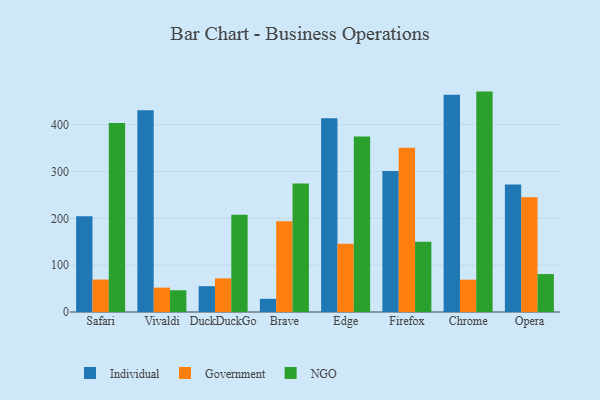
{"axis": {"x": "Browser", "y": "LTV (USD)"}, "legend": ["Government", "Individual", "NGO"], "data": [{"x": "Safari", "y": 204.3, "type": "Individual"}, {"x": "Safari", "y": 69.3, "type": "Government"}, {"x": "Safari", "y": 403.7, "type": "NGO"}, {"x": "Vivaldi", "y": 430.7, "type": "Individual"}, {"x": "Vivaldi", "y": 52.0, "type": "Government"}, {"x": "Vivaldi", "y": 46.4, "type": "NGO"}, {"x": "DuckDuckGo", "y": 55.1, "type": "Individual"}, {"x": "DuckDuckGo", "y": 71.8, "type": "Government"}, {"x": "DuckDuckGo", "y": 207.5, "type": "NGO"}, {"x": "Brave", "y": 28.2, "type": "Individual"}, {"x": "Brave", "y": 193.9, "type": "Government"}, {"x": "Brave", "y": 274.4, "type": "NGO"}, {"x": "Edge", "y": 413.4, "type": "Individual"}, {"x": "Edge", "y": 145.8, "type": "Government"}, {"x": "Edge", "y": 374.9, "type": "NGO"}, {"x": "Firefox", "y": 300.9, "type": "Individual"}, {"x": "Firefox", "y": 350.6, "type": "Government"}, {"x": "Firefox", "y": 149.9, "type": "NGO"}, {"x": "Chrome", "y": 463.9, "type": "Individual"}, {"x": "Chrome", "y": 68.9, "type": "Government"}, {"x": "Chrome", "y": 470.5, "type": "NGO"}, {"x": "Opera", "y": 272.1, "type": "Individual"}, {"x": "Opera", "y": 244.8, "type": "Government"}, {"x": "Opera", "y": 81.0, "type": "NGO"}]}